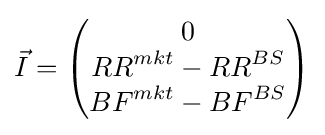
{\vec {I}}={\begin{pmatrix}0\\{RR}^{mkt}-{RR}^{BS}\\{BF}^{mkt}-{BF}^{BS}\end{pmatrix}}